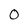
Character: 0